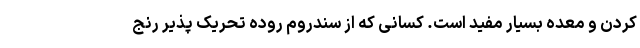
کردن و معده بسیار مفید است. کسانی که از سندروم روده تحریک پذیر رنج